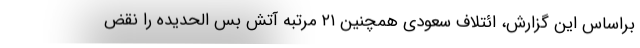
براساس این گزارش، ائتلاف سعودی همچنین ۲۱ مرتبه آتش بس الحدیده را نقض